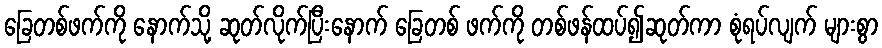
ခြေတစ်ဖက်ကို နောက်သို့ ဆုတ်လိုက်ပြီးနောက် ခြေတစ် ဖက်ကို တစ်ဖန်ထပ်၍ဆုတ်ကာ စုံရပ်လျက် များစွာ